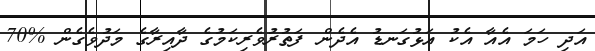
އަދި ހަމަ އެއާ އެކު އަޅުގަނޑު އެދެން ފަތުރުވެރިކަމުގެ ދާއިރާގެ މަދުވެގެން %70